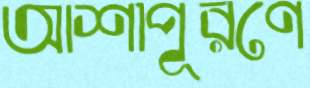
আশাপূরণে